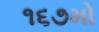
૧૬૭મો